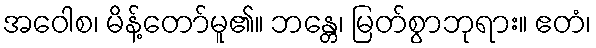
အဝေါစ၊ မိန့်တော်မူ၏။ ဘန္တေ၊ မြတ်စွာဘုရား။ ဧတံ၊